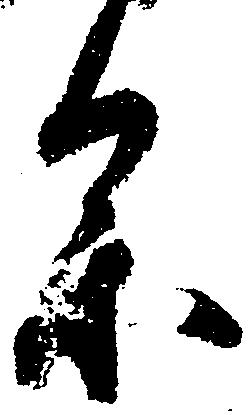
参